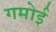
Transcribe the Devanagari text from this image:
गमोई